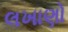
લખાણો